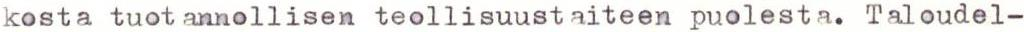
kosta tuot annollisen teollisuustaiteen puolesta. Taloudel-